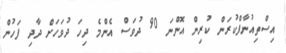
އިސްތިއުނާފްކުރަން ކުރިން އޮންނަ 90 ދުވަސް އެންމެ ދިހަ ދުވަހަށް ދާދި ފަހުން